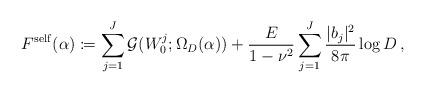
LaTeX: \begin{align*}F^{\mathrm{self}}(\alpha)\coloneqq\sum_{j=1}^J \mathcal{G}( W^j_{0};\Omega_{D}(\alpha))+\frac{E}{1-\nu^2} \sum_{j=1}^J \frac{{|b_j|^2}}{8\pi}\log D\,,\end{align*}